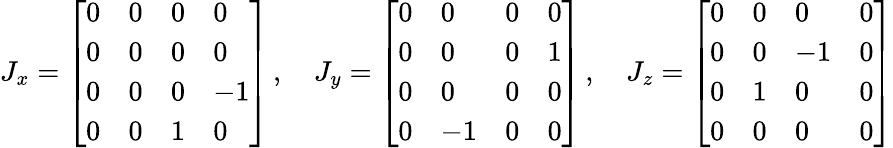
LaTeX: J_{x}={\left[\begin{array}{llll}{0}&{0}&{0}&{0}\\ {0}&{0}&{0}&{0}\\ {0}&{0}&{0}&{-1}\\ {0}&{0}&{1}&{0}\end{array}\right]}\, ,\quad J_{y}={\left[\begin{array}{llll}{0}&{0}&{0}&{0}\\ {0}&{0}&{0}&{1}\\ {0}&{0}&{0}&{0}\\ {0}&{-1}&{0}&{0}\end{array}\right]}\, ,\quad J_{z}={\left[\begin{array}{llll}{0}&{0}&{0}&{0}\\ {0}&{0}&{-1}&{0}\\ {0}&{1}&{0}&{0}\\ {0}&{0}&{0}&{0}\end{array}\right]}